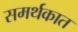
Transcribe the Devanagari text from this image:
समर्थकात